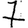
Digit: 7